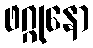
ဖဂ္ဂုနော